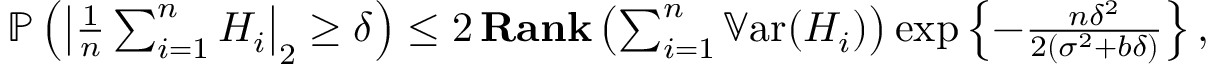
\begin{array} { r } { \operatorname { \mathbb P } \left( \left| \frac 1 n \sum _ { i = 1 } ^ { n } H _ { i } \right| _ { 2 } \ge \delta \right) \le 2 \operatorname { \bf R a n k } \left( \sum _ { i = 1 } ^ { n } \operatorname { \mathbb { V } a r } ( H _ { i } ) \right) \exp \left\{ - \frac { n \delta ^ { 2 } } { 2 ( \sigma ^ { 2 } + b \delta ) } \right\} , } \end{array}